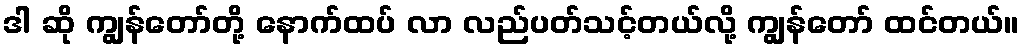
ဒါ ဆို ကျွန်တော်တို့ နောက်ထပ် လာ လည်ပတ်သင့်တယ်လို့ ကျွန်တော် ထင်တယ်။